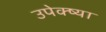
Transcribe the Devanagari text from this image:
उपेक्ष्या